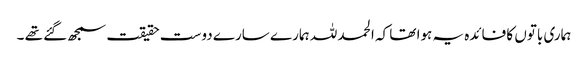
ہماری باتوں کا فائدہ یہ ہوا تھا کہ الحمد للہ ہمارے سارے دوست حقیقت سمجھ گئے تھے ۔